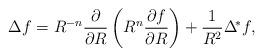
LaTeX: \begin{align*}\Delta f = R^{-n}\frac{\partial}{\partial R}\left(R^{n}\frac{\partial f}{\partial R}\right) + \frac{1}{R^2}\Delta^{\!\ast} f,\end{align*}